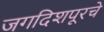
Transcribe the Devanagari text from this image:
जगदिशपूरचे